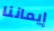
إيماننا